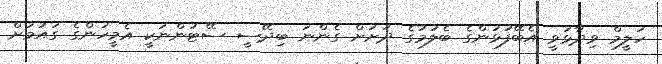
ހަލީމް ވިދާޅުވީ އެބޭފުޅުންގެ ބެލުމުގެ ދަށަށް ގެންނަ ބިދޭސީ ސޭޓުންނަކީ އެމީހުންގެ ގައުމަށް